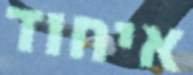
איחוד